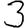
Digit: 3